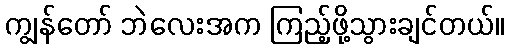
ကျွန်တော် ဘဲလေးအက ကြည့်ဖို့သွားချင်တယ်။